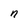
Character: n